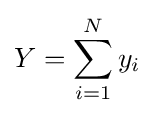
Y=\sum _{i=1}^{N}y_{i}